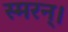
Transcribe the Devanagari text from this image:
स्मरन्‌।